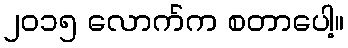
၂၀၁၅ လောက်က စတာပေါ့။